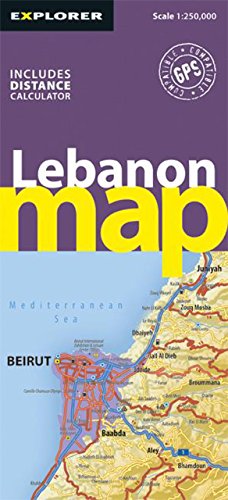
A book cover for Lebanon Map (Road Maps); Explorer Publishing; Travel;